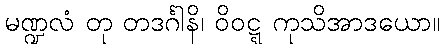
မဏ္ဍလံ တု တဒင်္ဂါနိ၊ ဝိဝဋ္ဋ ကုသိအာဒယော။